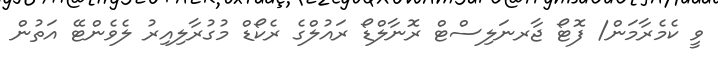
ވީ ކެމެރާމަން/ ފޮޓޯ ޖާރނަލިސްޓް ރޮނާލްޑޯ ރައުލްގެ ރެކޯޑް މުގުރާލިއިރު ލެވެންޓޭ އަތުން